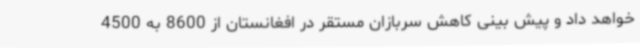
خواهد داد و پیش بینی کاهش سربازان مستقر در افغانستان از 8600 به 4500